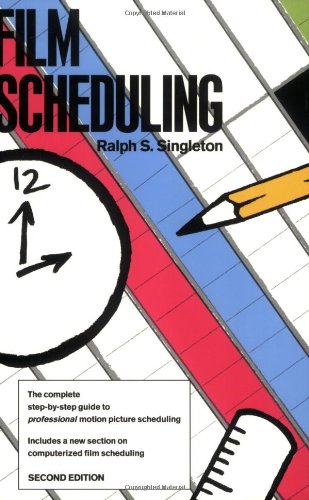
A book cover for Film Scheduling: Or, How Long Will It Take to Shoot Your Movie?; Ralph S. Singleton; Humor & Entertainment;